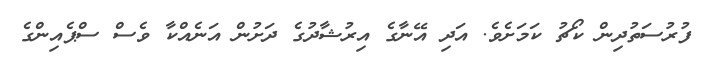
ފުރުސަތުދިން ކޯޗު ކަމަށެވެ. އަދި އޭނާގެ އިރުޝާދުގެ ދަށުން އަނެއްކާ ވެސް ސްޕެއިންގެ